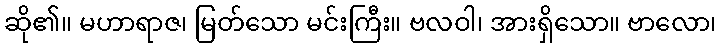
ဆို၏။ မဟာရာဇ၊ မြတ်သော မင်းကြီး။ ဗလဝါ၊ အားရှိသော။ ဗာလော၊